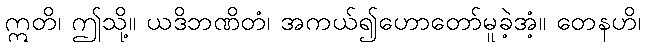
ဣတိ၊ ဤသို့။ ယဒိဘဏိတံ၊ အကယ်၍ဟောတော်မူခဲ့အံ့။ တေနဟိ၊